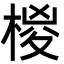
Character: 椶